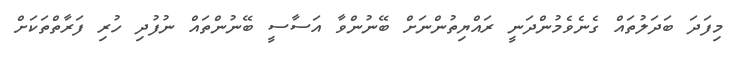
މިފަދަ ބަދަލުތައް ގެނެވެމުންދަނީ ރައްޔިތުންނަށް ބޭނުންވާ އަސާސީ ބޭނުންތައް ނުފުދި ހުރި ފަރާތްތަކަށް